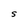
Character: S